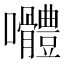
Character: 𭍑